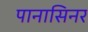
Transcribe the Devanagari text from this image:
पानासिनर